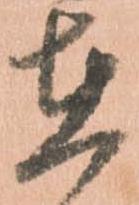
在